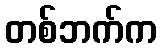
တစ်ဘက်က